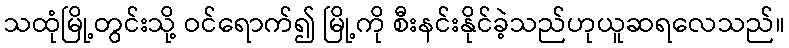
သထုံမြို့တွင်းသို့ ဝင်ရောက်၍ မြို့ကို စီးနင်းနိုင်ခဲ့သည်ဟုယူဆရလေသည်။